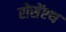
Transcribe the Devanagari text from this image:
रोसेंएथ